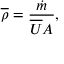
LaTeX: { \overline { { \rho } } } = { \frac { \dot { m } } { { \overline { { U } } } A } } ,